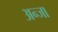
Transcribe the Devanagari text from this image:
अन्जा